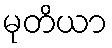
မုတိယာ